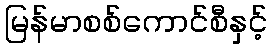
မြန်မာစစ်ကောင်စီနှင့်